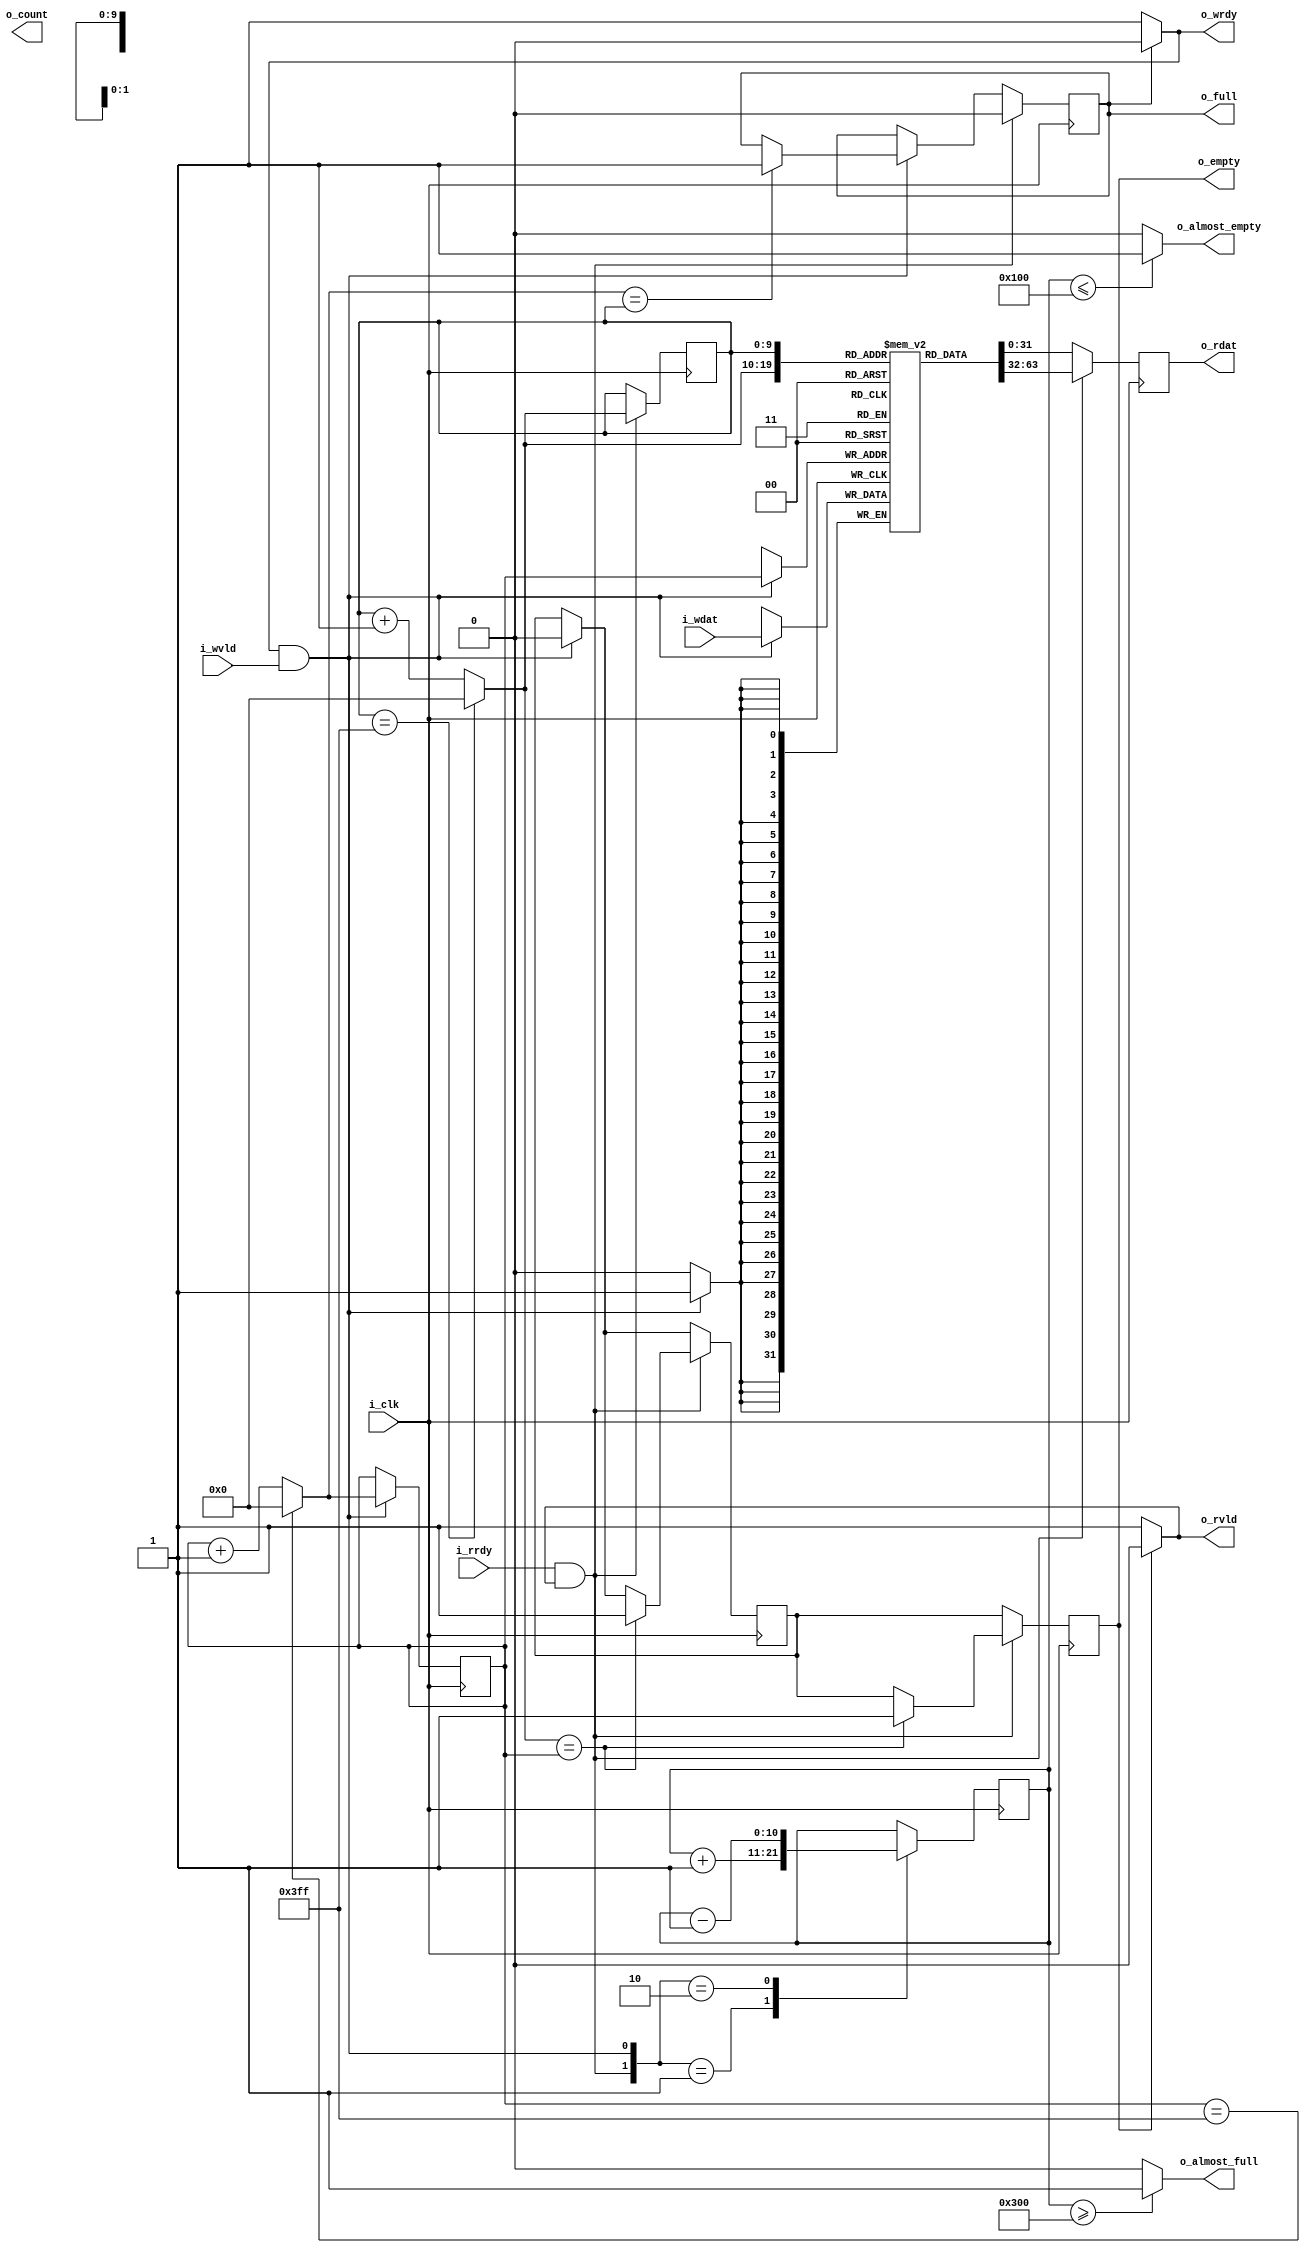
`timescale 1 ns / 1 ps

module libhdl_fifo_cc
#(  parameter DATA_LEN = 32,
    parameter DEPTH = 1024,
    parameter FILL_CNT_ENA = 1,
    parameter ALMOST_EMPTY_ENA = 1,
    parameter ALMOST_FULL_ENA = 1,
    parameter ALMOST_EMPTY_CNT = (DEPTH/4),
    parameter ALMOST_FULL_CNT = (DEPTH - DEPTH/4))
(   input  wire                i_clk,
    output wire                o_wrdy,
    input  wire                i_wvld,
    input  wire [DATA_LEN-1:0] i_wdat,
    input  wire                i_rrdy,
    output wire                o_rvld,
    output wire [DATA_LEN-1:0] o_rdat,
    output wire                o_count,
    output wire                o_empty,
    output wire                o_full,
    output wire                o_almost_empty,
    output wire                o_almost_full);

`ifdef LIBHDL_ASSERT
assert(ALMOST_FULL_CNT <= DEPTH && ALMOST_EMPTY_CNT >= 0);
assert((FILL_CNT_ENA ~^ ALMOST_EMPTY_ENA) && (FILL_CNT_ENA ~^ ALMOST_FULL_ENA))
`endif

reg [DATA_LEN-1:0] mem [DEPTH-1:0];
reg [DATA_LEN-1:0] rdat_reg;

wire whandshk, rhandshk;
reg empty = 1'b1;
reg empty_nxt = 1'b1;
reg full = 1'b0;
localparam PTRLEN = $clog2(DEPTH);
reg [PTRLEN-1:0] rptr = 'd0;
reg [PTRLEN-1:0] wptr = 'd0;
wire [PTRLEN-1:0] wptr_nxt, rptr_nxt;

// Data path.
always @ (posedge i_clk)
begin
    if (whandshk == 1'b1) begin
        mem[wptr] <= i_wdat;
    end
    if (rhandshk == 1'b1) begin
        rdat_reg <= mem[rptr_nxt];
    end else begin
        rdat_reg <= mem[rptr];
    end
end

assign o_rdat = rdat_reg;

// Control logic.
assign o_wrdy = (full == 1'b1) ? 1'b0 : 1'b1;
assign o_rvld = (empty == 1'b1) ? 1'b0 : 1'b1;

assign whandshk = (o_wrdy && i_wvld);
assign rhandshk = (i_rrdy && o_rvld);

assign wptr_nxt = (wptr == DEPTH-1) ? 'd0 : (wptr + 1);
assign rptr_nxt = (rptr == DEPTH-1) ? 'd0 : (rptr + 1);

always @ (posedge i_clk)
begin
    empty <= empty_nxt;
    if (whandshk == 1'b1) begin
        wptr <= wptr_nxt;
        empty_nxt <= 1'b0;
        if (wptr_nxt == rptr) begin
            full <= 1'b1;
        end
    end
    if (rhandshk == 1'b1) begin
        rptr <= rptr_nxt;
        full <= 1'b0;
        if (rptr_nxt == wptr) begin
            empty <= 1'b1;
            empty_nxt <= 1'b1;
        end
    end
end

assign o_empty = empty;
assign o_full = full;

// Fill count (optional).
// Use economic up/down counter to keep track of fill count instead of
// calucating the fill level from pointers (wptr, rptr).
reg [PTRLEN:0] cnt = 'd0;
if (FILL_CNT_ENA != 0) begin : gen_fill_cnt
    always @ (posedge i_clk)
    begin
        case ({rhandshk, whandshk})
            2'b01:   cnt <= cnt + 1;
            2'b10:   cnt <= cnt - 1;
            default: cnt <= cnt;
        endcase
    end
end

// Almost empty flag (optional).
if (ALMOST_EMPTY_ENA != 0) begin : gen_almost_empty
    assign o_almost_empty = (cnt <= ALMOST_EMPTY_CNT) ? 1'b1 : 1'b0;
end else begin
    assign o_almost_empty = 1'bX;
end

// Almost full flag (optional).
if (ALMOST_FULL_ENA != 0) begin : gen_almost_full
    assign o_almost_full = (cnt >= ALMOST_FULL_CNT) ? 1'b1 : 1'b0;
end else begin
    assign o_almost_full = 1'bX;
end

endmodule